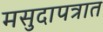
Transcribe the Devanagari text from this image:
मसुदापत्रात